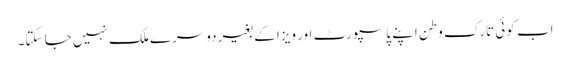
اب کوئی تارک وطن اپنے پاسپورٹ اور ویزا کے بغیر دوسرے ملک نہیں جا سکتا۔